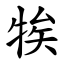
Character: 㸻